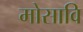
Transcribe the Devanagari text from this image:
मोसावि